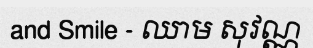
and Smile - ឈាម សុវណ្ណ